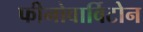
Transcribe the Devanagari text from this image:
फीनोवार्विटोन